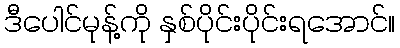
ဒီပေါင်မုန့်ကို နှစ်ပိုင်းပိုင်းရအောင်။